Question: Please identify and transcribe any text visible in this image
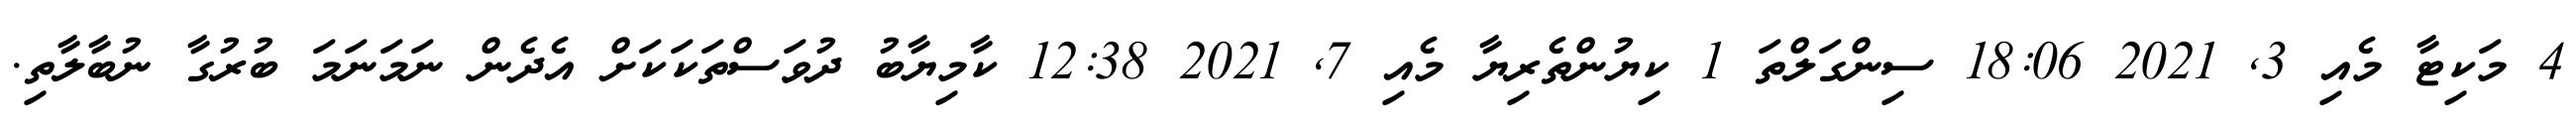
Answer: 4 މަކިޓާ މެއި 3, 2021 18:06 ސިންގަލްތަ 1 ކިޔުންތެރިޔާ މެއި 7, 2021 12:38 ކާމިޔާބު ދުވަސްތަކަކަށް އެދެން ނަމަނަމަ ބުރުގާ ނުބާލާތި.